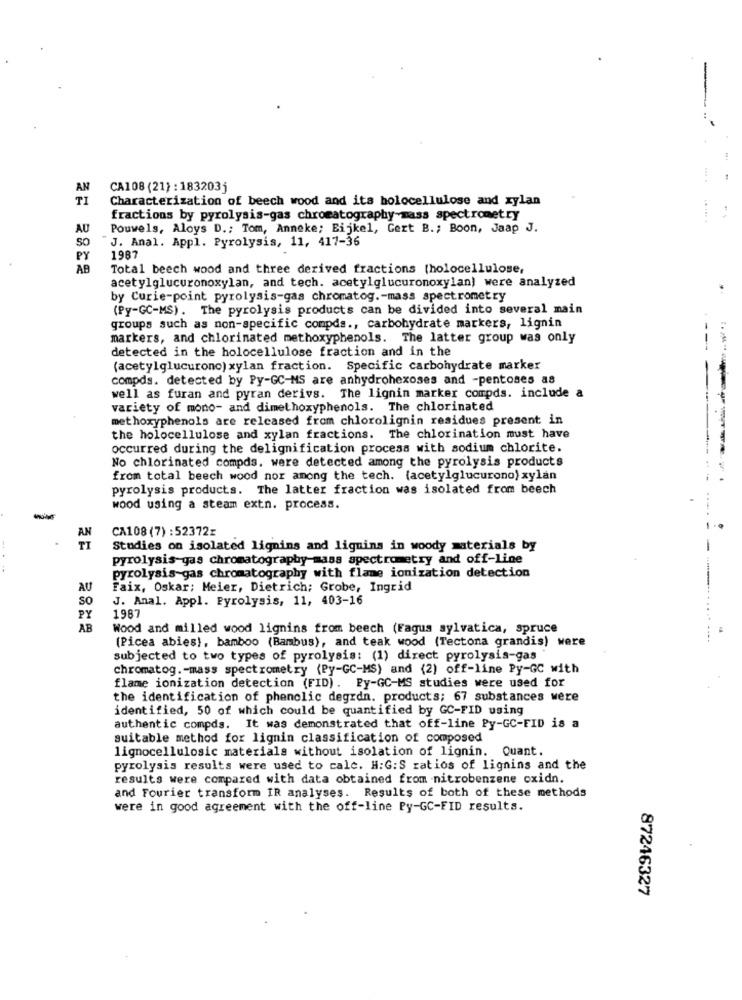
-
AN
CA108 (21) : 183203j
TI
Characterization of beech wood and its bolocellulose and xylan
fractions by pyrolysis-gas chromatography-mass spectrometry
. ... .
AU
Pouwels, Aloys D .; Tom, Anneke; Eijkel, Gert B .; Boon, Jaap J.
SO
J. Anal. Appl. Pyrolysis, 11, 417-36
PY
1987
AB
Total beech wood and three derived fractions (holocellulose,
acetylglucuronoxylan, and tech. acetylglucuronoxylan) were analyzed
by Curie-point pyrolysis-gas chromatog .- mass spectrometry
(Py-GC-MS). The pyrolysis products can be divided into several main
groups such as non-specific compds ., carbohydrate markers, lignin
markers, and chlorinated methoxyphenols. The latter group was only
detected in the holocellulose fraction and in the
(acetylglucurono) xylan fraction. Specific carbohydrate marker
compds. detected by Py-GC-MS are anhydrohexoses and -pentoses as
----
well as furan and pyran derivs. The lignin marker compds. include a
variety of mono- and dimethoxyphenols. The chlorinated
methoxyphenols are released from chlorolignin residues present in
the holocellulose and xylan fractions. The chlorination must have
occurred during the delignification process with sodium chlorite.
No chlorinated compds. were detected among the pyrolysis products
from total beech wood nor among the tech. (acetylglucurono) xylan
pyrolysis products. The latter fraction was isolated from beech
wood using a steam extn. process.
-
CA108(7) :52372x
-----
AN
TI
Studies on isolated lignins and lignins in woody materials by
-
pyrolysis-gas chromatography-mass spectrometry and off-line
pyrolysis-gas chromatography with flame ionization detection
AU
Faix, Oskar; Meier, Dietrich; Grobe, Ingrid
SO
J. Anal. Appl. Pyrolysis, 11, 403-16
PY
1987
AB
Wood and milled wood lignins from beech (Fagus sylvatica, spruce
(Picea abies), bamboo (Bambus), and teak wood (Tectona grandis) were
subjected to two types of pyrolysis: (1) direct pyrolysis-gas '
chromatog. - mass spectrometry (Py-GC-MS) and (2) off-line Py-GC with
flame ionization detection (FID). Py-GC-MS studies were used for
the identification of phenolic degrdn. products; 67 substances were
identified, 50 of which could be quantified by GC-FID using
authentic compds. It was demonstrated that off-line Py-GC-FID is a
suitable method for lignin classification of composed
lignocellulosic materials without isolation of lignin. Quant.
pyrolysis results were used to calc. H:G:S ratios of lignins and the
results were compared with data obtained from nitrobenzene oxidn.
and Fourier transform IR analyses. Results of both of these methods
were in good agreement with the off-line Py-GC-FID results.
87246327